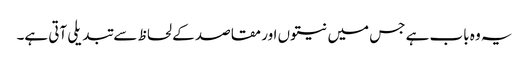
یہ وہ باب ہے جس میں نیتوں اور مقاصد کے لحاظ سے تبدیلی آتی ہے۔